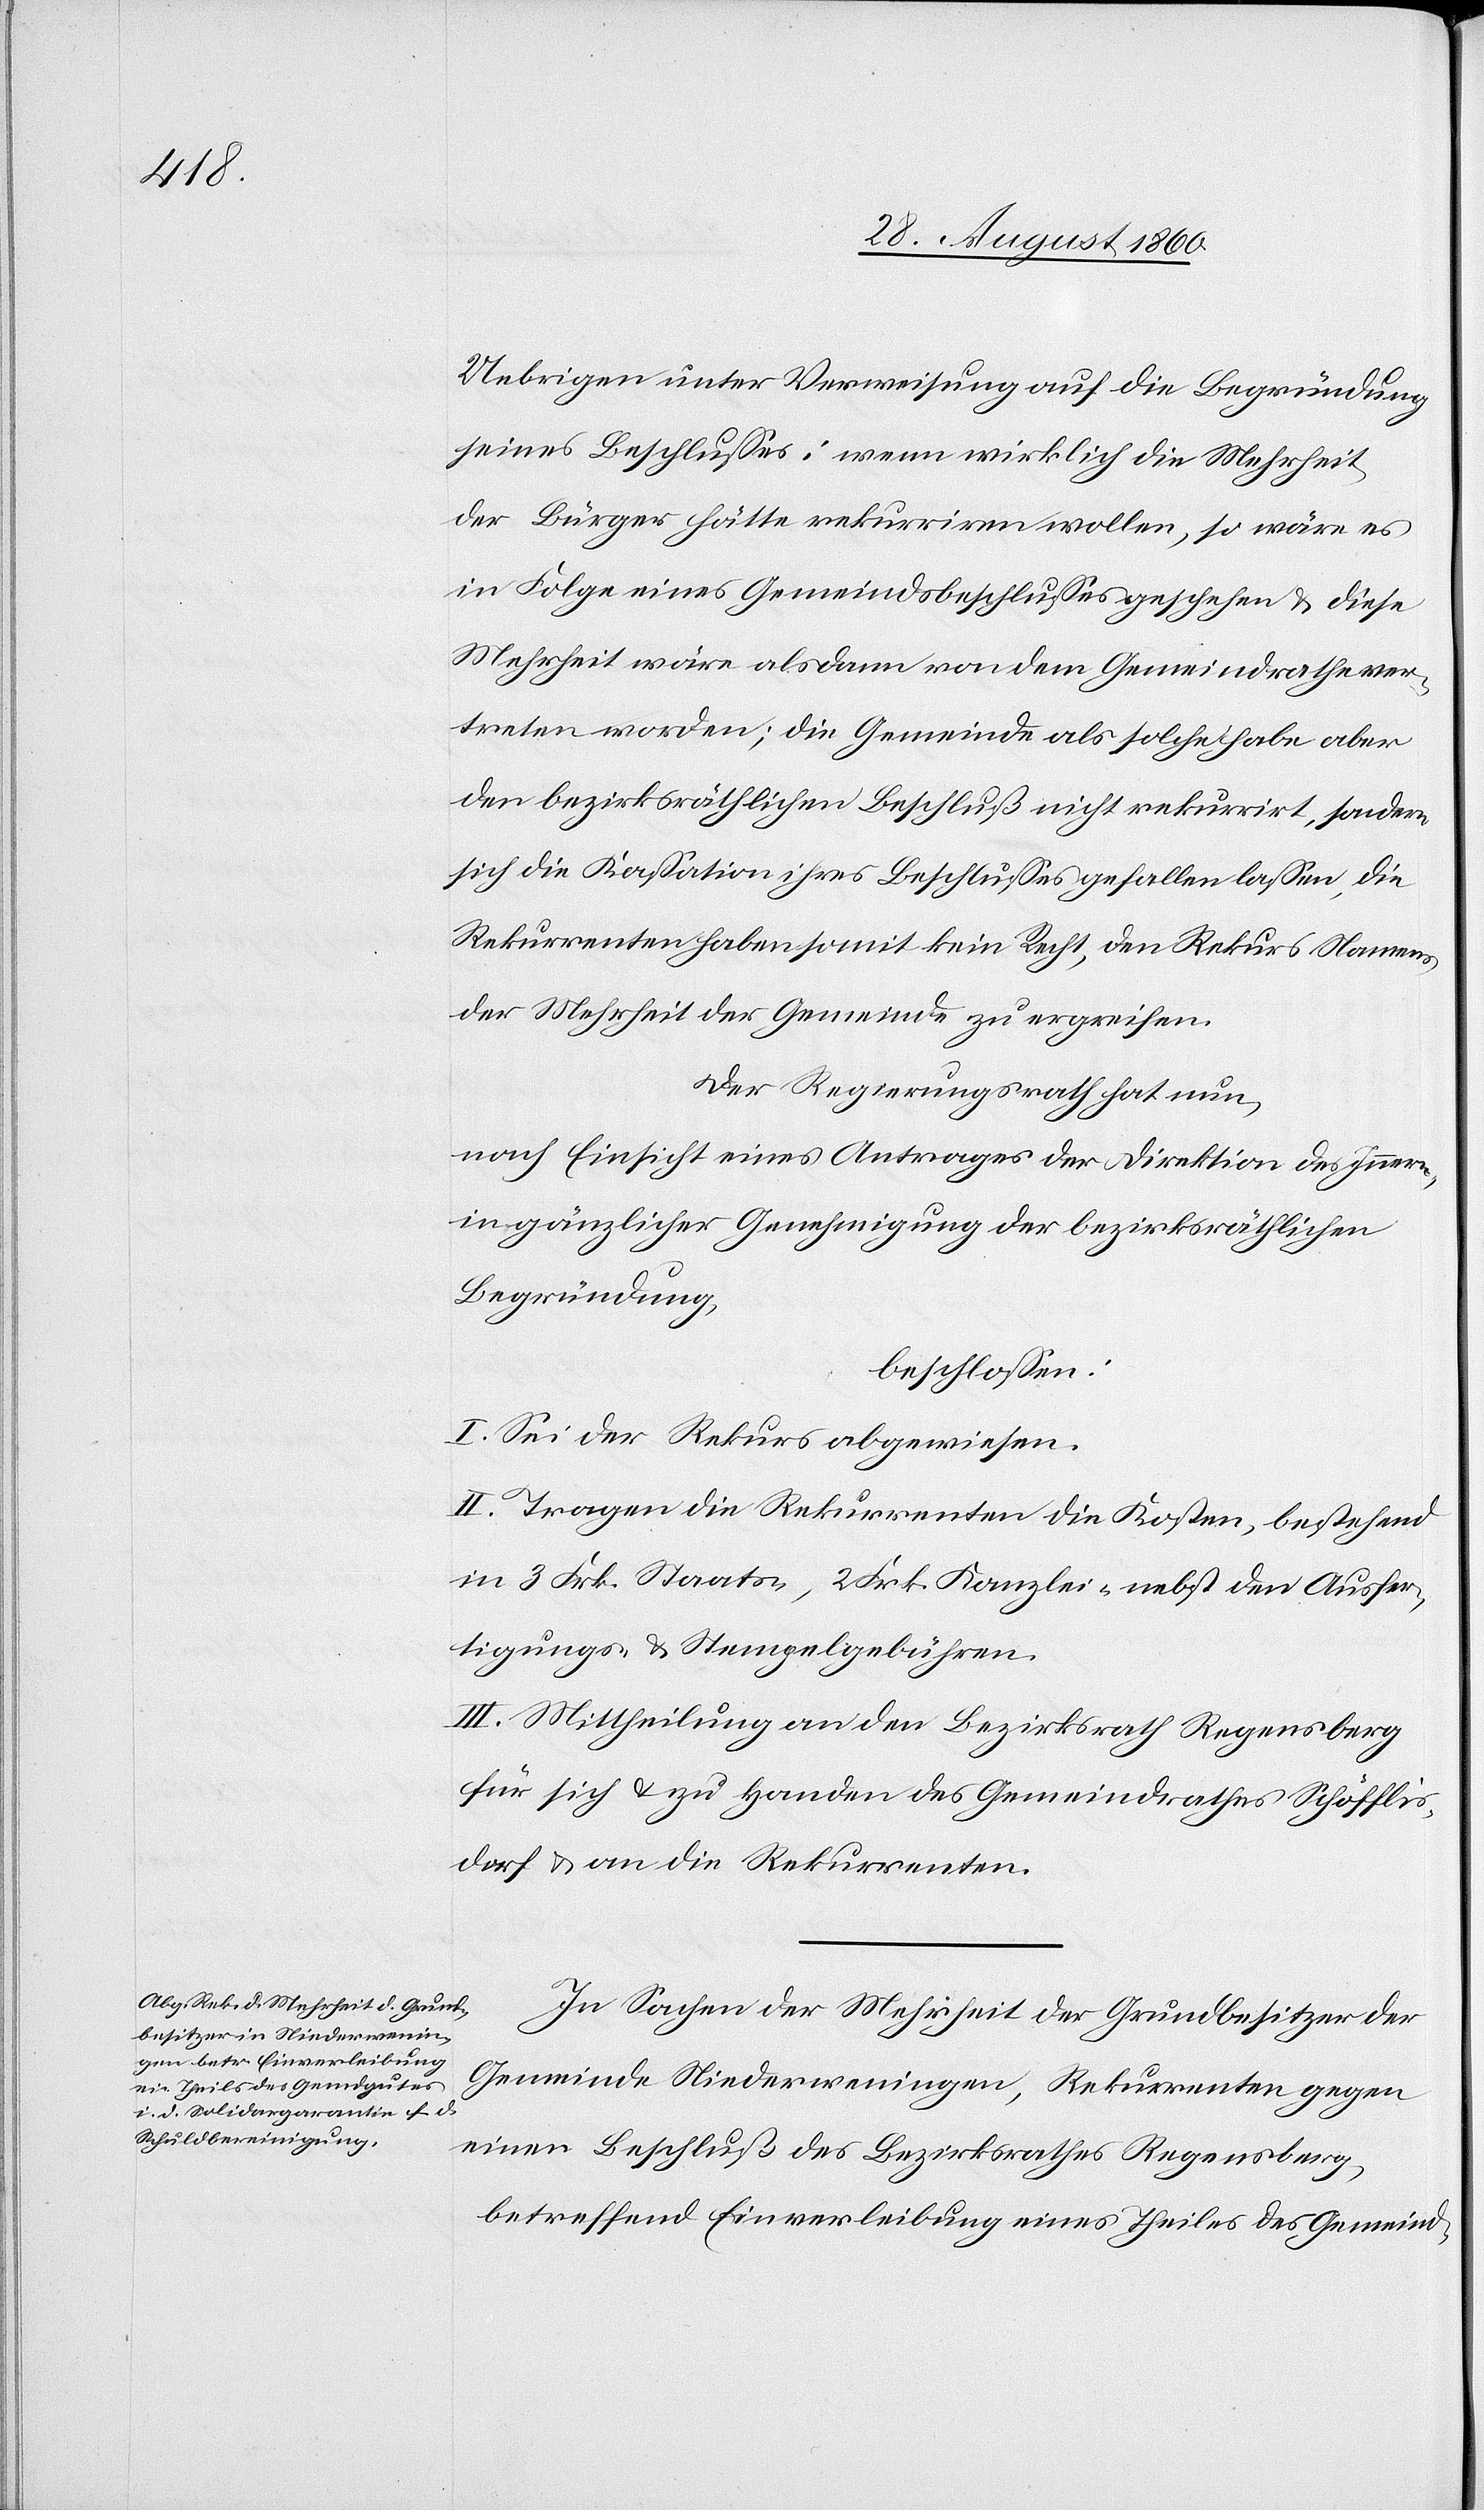
Uebrigen unter Verweisung auf die Begründung
seines Beschlusses: wenn wirklich die Mehrheit
der Bürger hätte rekurriren wollen, so wäre es
in Folge eines Gemeindsbeschlusses geschehen u. diese
Mehrheit wäre alsdann von dem Gemeindrathe ver¬
treten worden. Die Gemeinde als solche habe aber
den bezirksräthlichen Beschluss nicht rekurrirt, sondern
sich die Cassation ihres Beschlusses gefallen lassen, die
Rekurrenten haben somit kein Recht, den Rekurs Namens
der Mehrheit der Gemeinde zu ergreifen.
Der Regierungsrath hat nun,
nach Einsicht eines Antrages der Direktion des Innern,
in gänzlicher Genehmigung der bezirksräthlichen
Begründung
beschlossen:
I. Sei der Rekurs abgewiesen.
II. Tragen die Rekurrenten die Kosten, bestehend
in 3 fcs. Staats- 2. fcs. Kanzlei- nebst den Ausfer¬
tigungs- u. Stempelgebühren.
III. Mittheilung an den Bezirksrath Regensberg
für sich u. zu Handen des Gemeindrathes Schöfflis¬
dorf u. an die Rekurrenten.
In Sachen der Mehrheit der Grundbesitzer der
Gemeinde Niederweningen, Rekurrenten gegen
einen Beschluss des Bezirksrathes Regensberg
betreffend Einverleibung eines Theiles des Gemeind-